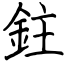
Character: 鉒